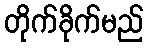
တိုက်ခိုက်မည်